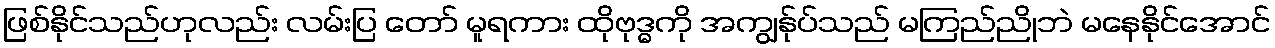
ဖြစ်နိုင်သည်ဟုလည်း လမ်းပြ တော် မူရကား ထိုဗုဒ္ဓကို အကျွန်ုပ်သည် မကြည်ညိုဘဲ မနေနိုင်အောင်